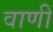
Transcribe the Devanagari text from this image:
वाणीं